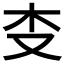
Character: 𰗒